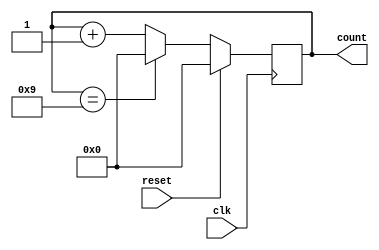
module ModulusCounter (
    input wire clk,
    input wire reset,
    output reg [7:0] count
);

parameter MODULUS = 10;

always @(posedge clk) begin
    if (reset) begin
        count <= 0;
    end else begin
        if (count == MODULUS - 1) begin
            count <= 0;
        end else begin
            count <= count + 1;
        end
    end
end

endmodule